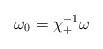
LaTeX: \begin{align*}\omega_0=\chi_+^{-1}\omega\end{align*}